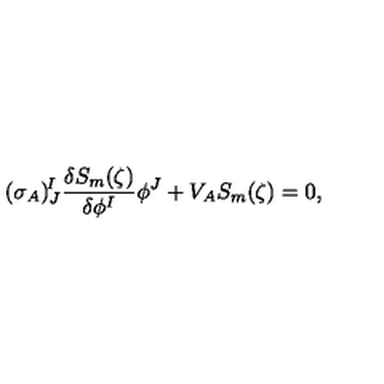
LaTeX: ( \sigma _ { A } ) _ { J } ^ { \! I } \frac { \delta S _ { m } ( \zeta ) } { \delta \phi ^ { I } } \phi ^ { J } + V _ { A } S _ { m } ( \zeta ) = 0 ,